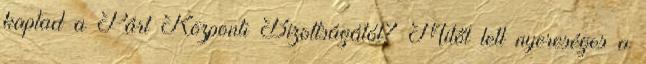
kaptad a Párt Központi Bizottságától? Mitől lett nyereséges a